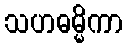
သဟဓမ္မိကာ